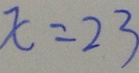
x = 2 3